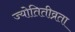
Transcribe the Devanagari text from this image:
ज्योतितीव्रता